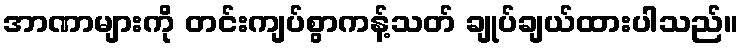
အာဏာများကို တင်းကျပ်စွာကန့်သတ် ချုပ်ချယ်ထားပါသည်။